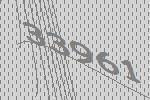
33961